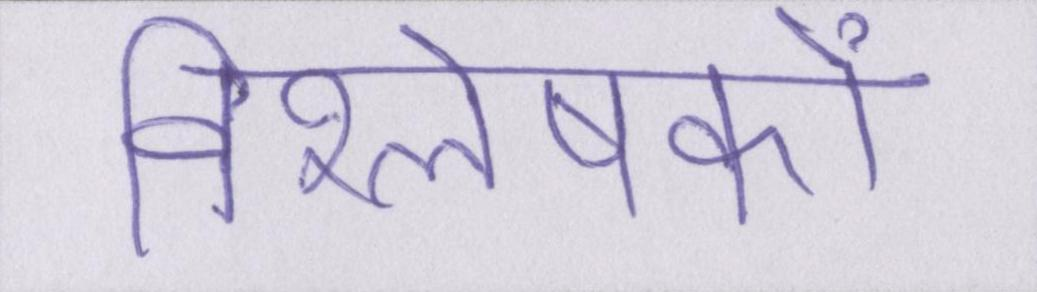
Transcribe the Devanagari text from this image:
विश्लेषकों